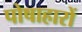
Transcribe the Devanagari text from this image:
पोषाहारों